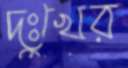
দুঃখের